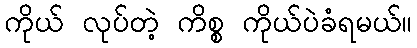
ကိုယ် လုပ်တဲ့ ကိစ္စ ကိုယ်ပဲခံရမယ်။